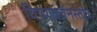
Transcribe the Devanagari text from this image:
विष्णवर्चनस्तोत्र